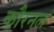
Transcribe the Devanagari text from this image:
कौरनल